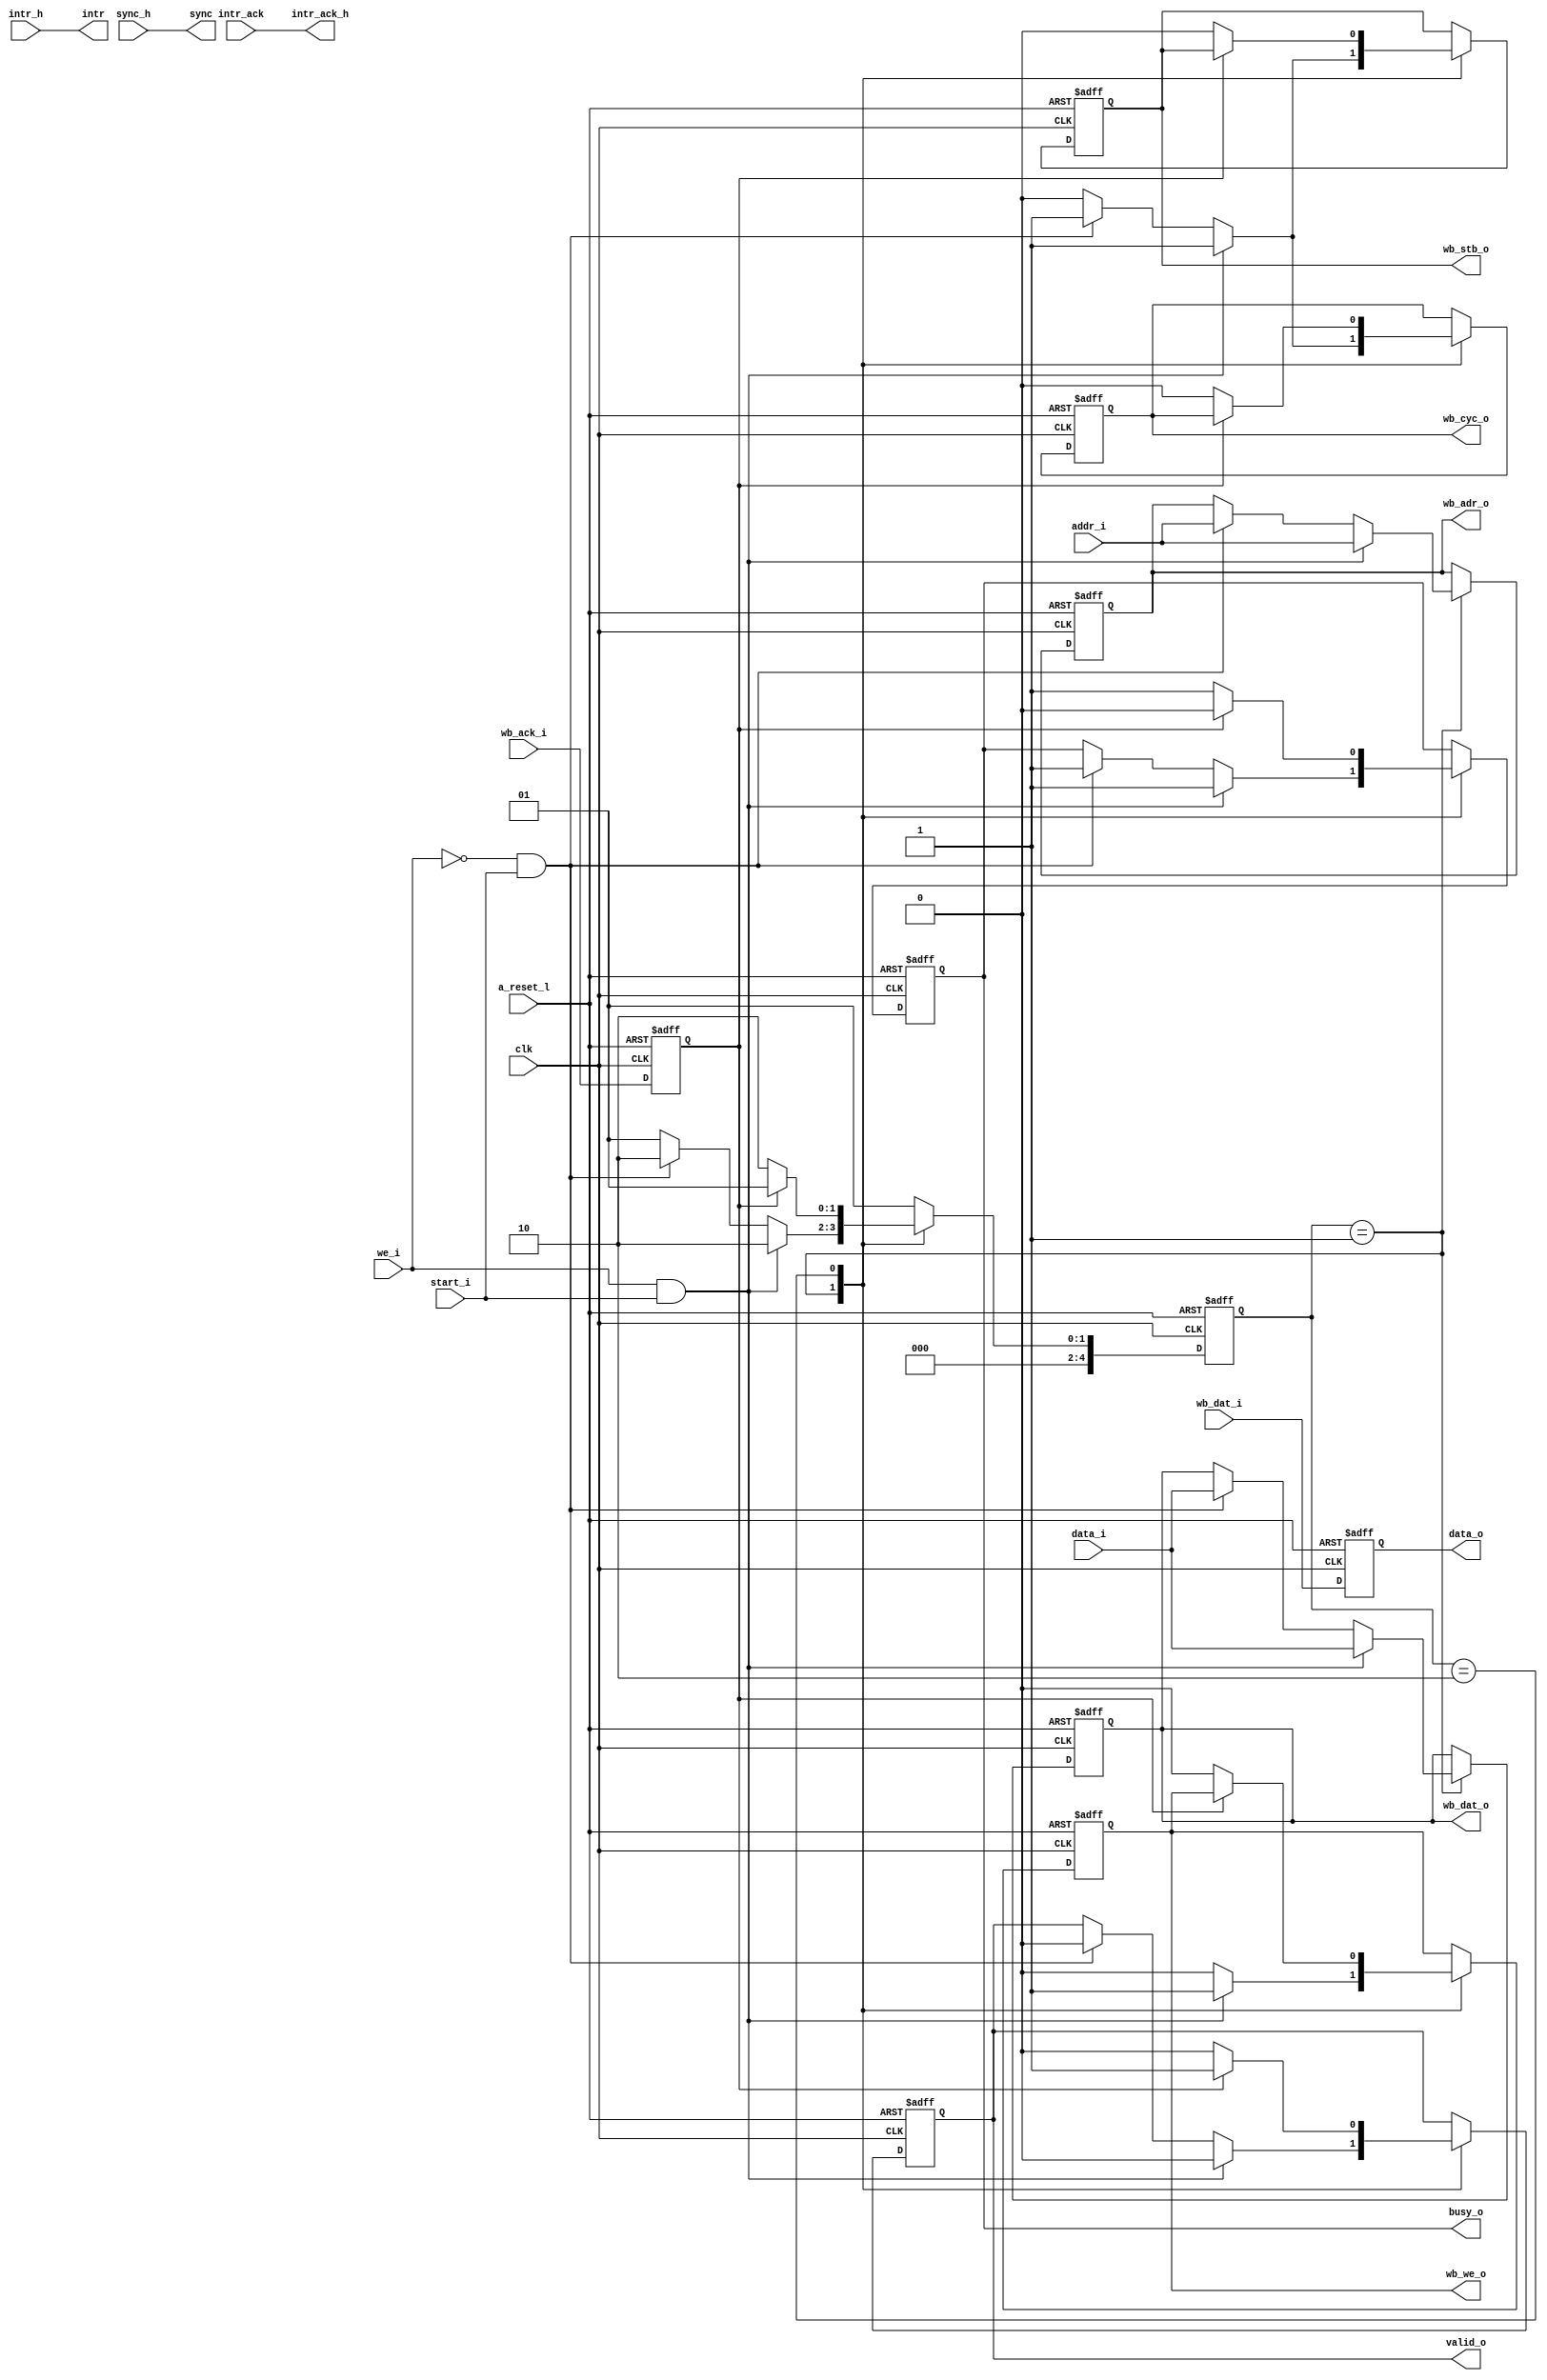
module wb_interface (
	clk,				// interface side to outer world
	a_reset_l,	
	wb_ack_i,
	wb_we_o,
	wb_stb_o,
	wb_cyc_o,
	wb_adr_o,
	wb_dat_i,
	wb_dat_o,
	intr_h,
	intr_ack_h,
	sync_h,
	
	addr_i,				// interface to chip side
	data_i,
	data_o,
	we_i,
	start_i,
	busy_o,
	valid_o,
	intr,
	intr_ack,
	sync		
);
parameter data_wl = 16;
parameter adr_wl  = 16;

input	clk;
input	a_reset_l;
//signals to Wishbone
input	wb_ack_i;
output	wb_we_o;
output	wb_stb_o;
output	wb_cyc_o;
output	[adr_wl-1:0]	wb_adr_o;
input	[data_wl-1:0]	wb_dat_i;
output	[data_wl-1:0]	wb_dat_o;

input	intr_h;
output	intr_ack_h;
input	sync_h;
//internal signals
input	[adr_wl-1:0]	addr_i;
input	we_i;
input	[data_wl-1:0]	data_i;
output	[data_wl-1:0]	data_o;
input   start_i;
output	busy_o;
output	valid_o;

output	intr;
input	intr_ack;
output	sync;

reg	wb_we_o,  nxt_wb_we_o;
reg	wb_stb_o, nxt_wb_stb_o;
reg	wb_cyc_o, nxt_wb_cyc_o;
reg	busy_o, nxt_busy_o;
reg	valid_o, nxt_valid_o;

reg 	wb_ack_reg;
reg	[adr_wl-1:0]	wb_adr_o, nxt_wb_adr_o;
reg	[data_wl-1:0]	wb_dat_o, nxt_wb_dat_o;

reg	[data_wl-1:0]	data_o;


//#########################################
assign intr 		= intr_h;
assign intr_ack_h 	= intr_ack;
assign sync 		= sync_h;
//#########################################

reg [4:0] current_state, nxt_state;
localparam [4:0]
IDLE   	= 5'b00001,
WAIT 	= 5'b00010;

always @(posedge clk or negedge a_reset_l)
	begin
		if (a_reset_l == 1'b0)	
			begin
				current_state	<= IDLE;
				wb_ack_reg		<= 'b0;
				wb_we_o 		<= 'b0;
				wb_stb_o		<= 'b0;
				wb_cyc_o 		<= 'b0;
				wb_adr_o		<= 'b0;
				wb_dat_o		<= 'b0;
				data_o			<= 'b0;
				busy_o			<= 'b0;
				valid_o			<= 'b0;
			end
		else
			begin
				current_state 	<= nxt_state;
				wb_ack_reg		<= wb_ack_i; 
				wb_we_o 	 	<= nxt_wb_we_o;
				wb_stb_o	 	<= nxt_wb_stb_o;
				wb_cyc_o	 	<= nxt_wb_cyc_o;
				busy_o			<= nxt_busy_o;
				valid_o 		<= nxt_valid_o;
				wb_adr_o		<= nxt_wb_adr_o;
				wb_dat_o		<= nxt_wb_dat_o;
				data_o			<= wb_dat_i;	

			end
	end
	
//#########################################	
always @(*)
	begin	
		nxt_state 		= current_state;
		nxt_wb_we_o		= wb_we_o;
		nxt_wb_stb_o	= wb_stb_o;
		nxt_wb_cyc_o	= wb_cyc_o;
		nxt_busy_o		= busy_o;
		nxt_valid_o		= valid_o;
		nxt_wb_adr_o	= wb_adr_o;
		nxt_wb_dat_o	= wb_dat_o;

		case(current_state)
			IDLE:				
				begin
					
					if(we_i == 1'b1 && start_i == 1'b1 ) begin
						nxt_state		= WAIT;
						nxt_wb_we_o 	= 1'b1;
						nxt_wb_stb_o	= 1'b1;
						nxt_wb_cyc_o	= 1'b1;
						nxt_busy_o		= 1'b1;
						nxt_valid_o		= 1'b0;
						nxt_wb_adr_o 	= addr_i;
						nxt_wb_dat_o	= data_i;
						end
					else if(we_i == 1'b0 && start_i == 1'b1) begin
						nxt_state 		= WAIT;
						nxt_wb_we_o 	= 1'b0;
						nxt_wb_stb_o	= 1'b1;
						nxt_wb_cyc_o	= 1'b1;
						nxt_busy_o	    = 1'b1;
						nxt_valid_o	    = 1'b0;
						nxt_wb_adr_o 	= addr_i;
						nxt_wb_dat_o	= data_i;
						end
					else
						begin
						nxt_state 	    = IDLE;
						nxt_wb_we_o 	= 1'b0;
						nxt_wb_stb_o	= 1'b0;
						nxt_wb_cyc_o	= 1'b0;
						end
				
				end
				
			WAIT:
				begin

					if(wb_ack_reg == 1'b0)		// wait for acknowledgement from WishBone memory
						begin
							nxt_state  		= WAIT;
							nxt_wb_we_o 	= 1'b0;
							nxt_wb_stb_o	= 1'b0;
							nxt_wb_cyc_o	= 1'b0;
							nxt_busy_o		= 1'b1;
							nxt_valid_o		= 1'b0;
						end
					else
						begin
							nxt_state 	= IDLE;
							nxt_busy_o	= 1'b0;
							nxt_valid_o	= 1'b1;
						end
				end
				
	
			default:
				begin
					nxt_state = IDLE;
				end
				
		endcase
		
	end 
	
endmodule